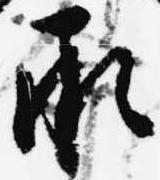
承